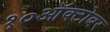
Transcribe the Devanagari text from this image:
१०ऑक्टोबर